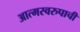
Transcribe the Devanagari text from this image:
आत्मस्वरुपाची